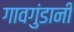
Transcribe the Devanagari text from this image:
गावगुंडानी